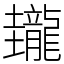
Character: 𪚝